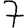
Digit: 7